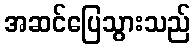
အဆင်ပြေသွားသည်